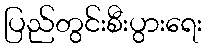
ပြည်တွင်းစီးပွားရေး